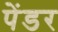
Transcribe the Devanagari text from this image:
पेंडर